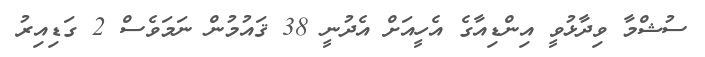
ސުޝްމާ ވިދާޅުވީ އިންޑިއާގެ އެހީއަށް އެދުނީ 38 ޤައުމުން ނަމަވެސް 2 ގަޑިއިރު